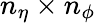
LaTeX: n_{\eta}\times n_{\phi}